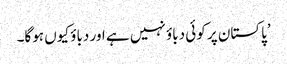
’پاکستان پر کوئی دباؤ نہیں ہے اور دباؤ کیوں ہوگا۔